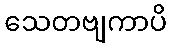
သေတဗျကာပိ